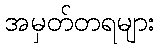
အမှတ်တရများ